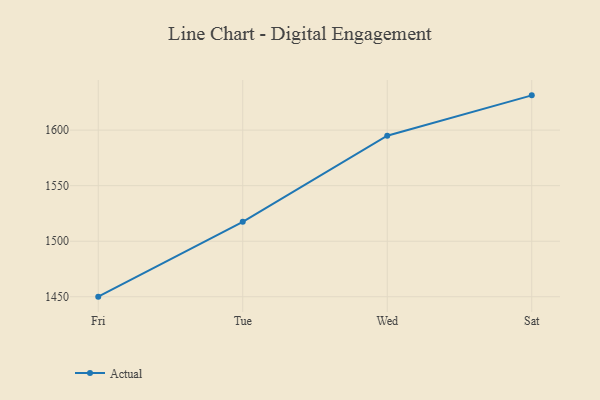
{"axis": {"x": "Day", "y": "Page Views"}, "legend": ["Actual"], "data": [{"x": "Fri", "y": 1450.1, "type": "Actual"}, {"x": "Tue", "y": 1517.5, "type": "Actual"}, {"x": "Wed", "y": 1595.0, "type": "Actual"}, {"x": "Sat", "y": 1631.3, "type": "Actual"}]}